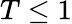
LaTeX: T\leq 1